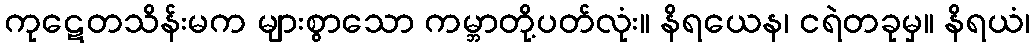
ကုဋေတသိန်းမက များစွာသော ကမ္ဘာတို့ပတ်လုံး။ နိရယေန၊ ငရဲတခုမှ။ နိရယံ၊